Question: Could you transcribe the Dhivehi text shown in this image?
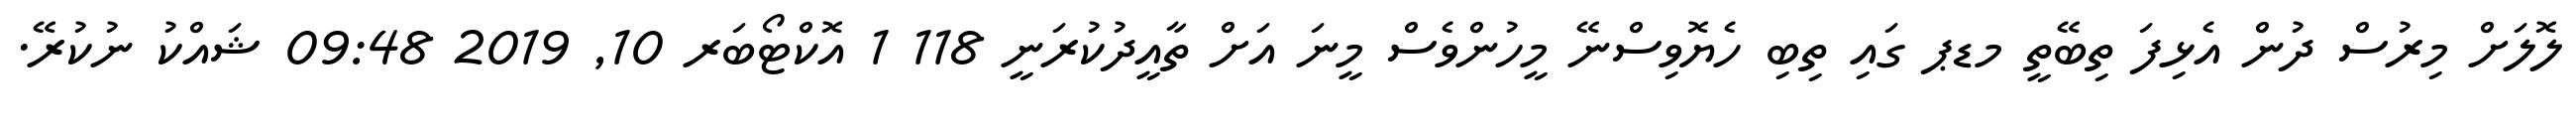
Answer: ލޮލަށް މިރުސް ދުން އެޅިފަ ތިބޭތީ މޑޕ ގައި ތިބި ހެޔޮވިސްނޭ މީހުންވެސް މީނަ އަށް ތާއީދުކުރަނީ 118 1 އޮކްޓޯބަރ 10, 2019 09:48 ޝައްކު ނުކުރޭ.